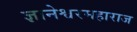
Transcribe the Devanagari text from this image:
ज्ञानेश्वरमहाराज